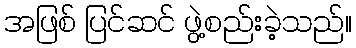
အဖြစ် ပြင်ဆင် ဖွဲ့စည်းခဲ့သည်။